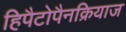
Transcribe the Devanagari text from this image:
हिपैटोपैनक्रियाज